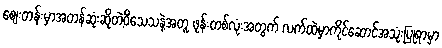
စျေးတန်းမှာအတန်ဆုံးဆိုတဲ့ဝိသေသနဲ့အတူ ဖုန်းတစ်လုံးအတွက် လက်ထဲမှာကိုင်ဆောင်အသုံးပြုရာမှာ